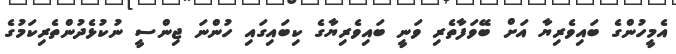
އެމީހުންގެ ބައިވެރިޔާ އަށް ބޭވަފާތެރި ވަނީ ބައިވެރިޔާގެ ކިބައިގައި ހުންނަ ޖިންސީ ނުކުޅެދުންތެރިކަމުގެ